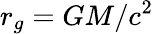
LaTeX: {r_{g}}=GM/{c^{2}}